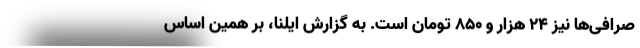
صرافی‌ها نیز ۲۴ هزار و ۸۵۰ تومان است. به گزارش ایلنا، بر همین‌ اساس